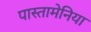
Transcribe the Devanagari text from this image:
पास्तामेनिया